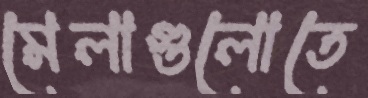
মেলাগুলোতে